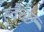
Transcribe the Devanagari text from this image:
स्वैच्छ